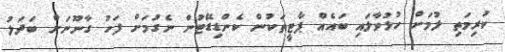
ކުރިމަތި ލުމަށް ހުޅުވާލައި ބައެއް ޕާޓީތަކުން ކެންޑިޑޭޓުން ނެގުމަށް ފަހު ގާނޫނަށް ބަދަލު